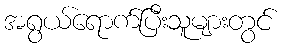
အရွယ်ရောက်ပြီးသူများတွင်